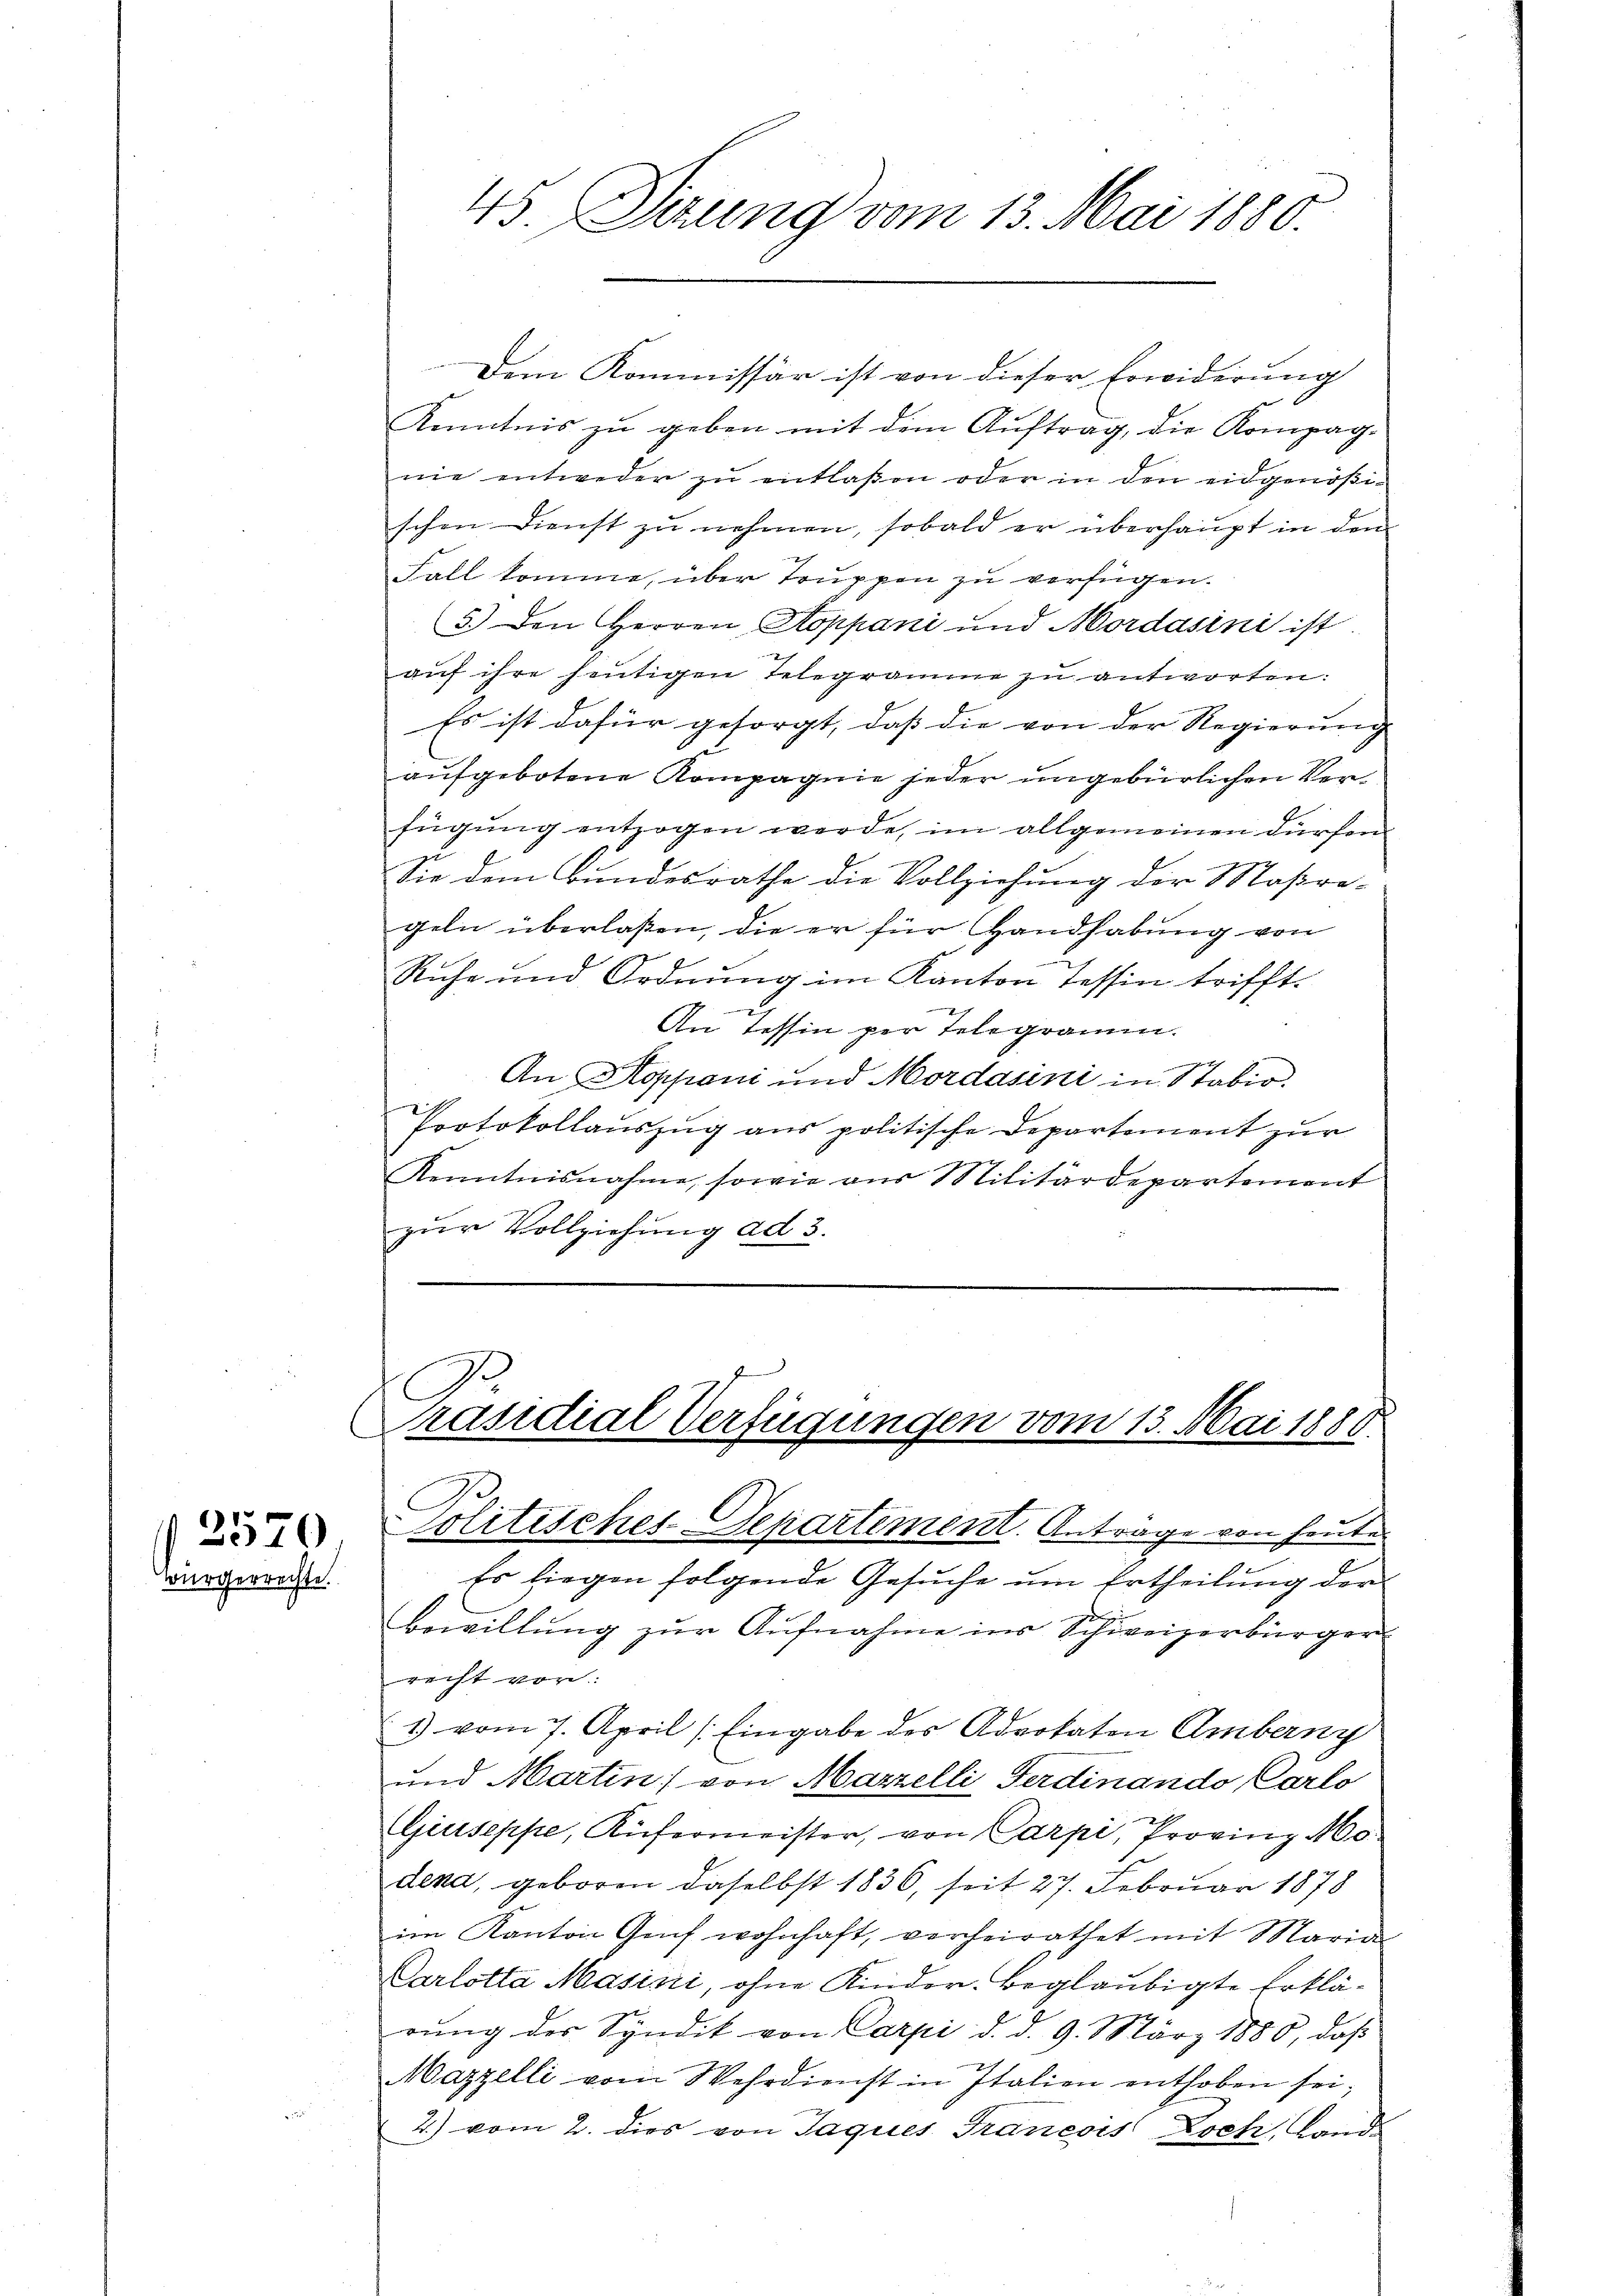
2570
würgerrechte.

45. Sitzung vom 13. Mai 1880.

Dem Kommissär ist von dieser Erwiderung
Kenntnis zu geben mit dem Auftrag, die Kompag.
nie entweder zŭ entlaßen oder in den eidgenößischen Dienst zu nehmen, sobald er überhaupt in den
Fall komme, über Truppen zu verfügen.
5.) Den Herren Stoppani und Mordasini ist.
auf ihre heutigen Telegrame zu antworten:
Es ist dafür gesorgt, dass die von der Regierung
aufgebotene Kompagnie jeder ungebürlichen Verfügung entzogen werde, im allgemeinen dürfen
Sie dem Bundesrathe die Vollziehung der Maßre-
geln überlaßen, die er für Handhabung von
.
Ruhe und Ordnung im Kanton Tessin trifft.
x
An Tessin per Telegramm.
An Koppani und Mordasini in Stabio.
Protokollauszug aus politische Departement zur
Kenntnisnahme, sowie aus Militärdepartement
zur Vollziehung ad 3.

Präsidial Verfügungen vom 13. Mai 1886.
Politisches-Departement. Antrage von heute

Es liegen folgende Gesuche um Ertheilung der
Bewillung zur Aufnahme ins Schweizerbürger
recht vor:
1) vom 7. April (Eingabe des Advokaten Amberny
und Martin von Marzelli Ferdinando Carlo
Giuseppe, Küfermeister, von Carpi, Provinz Mo
deka, geboren daselbst 1836, seit 27. Februar 1878
im Kanton Genf wohnhaft, verheirathet mit Maria
Carlotta Masini, ohne Kinder Beglaubigte Erklärŭng der Syndik von Carpi d. d. 9. März 1880, daβ
Mazzelli vom Wehrdienst in Italien enthoben sei;
2) vom 2. dies von Jaques Traneois Loch, Land-